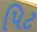
પિટ